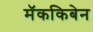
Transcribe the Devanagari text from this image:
मॅककिबेन